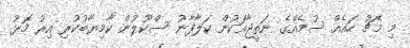
މި މެޗު ހައެއް ސުމެއްގެ ނަތީޖާއަކުން ކަލާފާނު ސްކޫލުން ކާމިޔާބުކުރި އިރު މޮޅު